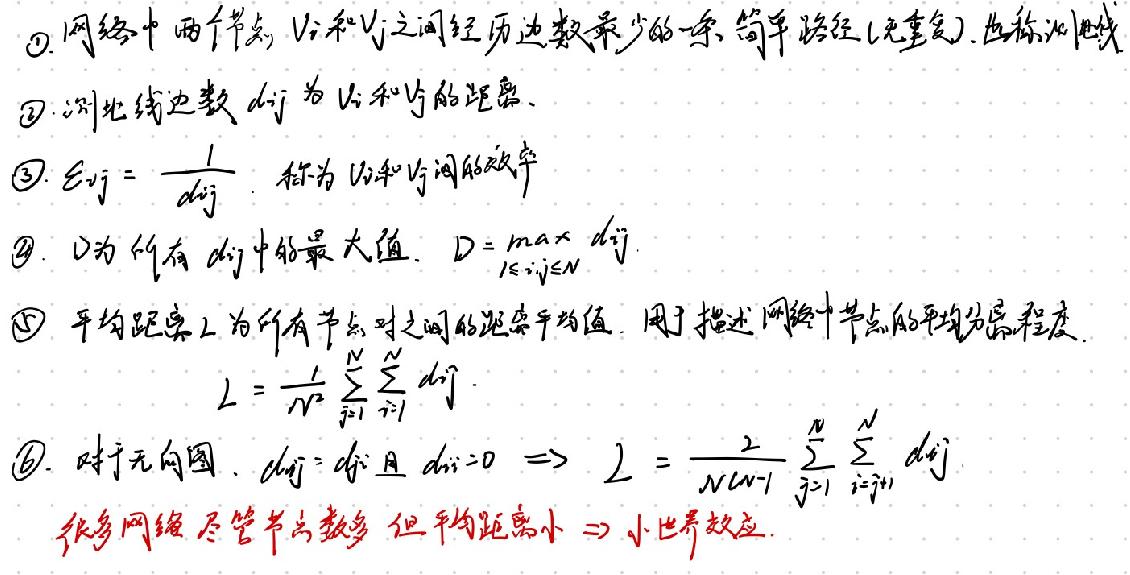
$\textcircled{1}$. 网络中两个节点 \(v_i\) 和 \(v_j\) 之间经历边数最少的一条简单路径(无重复), 也称测地线
$\textcircled{2}$. 测地线边数 \(d_{ij}\) 为 \(v_i\) 和 \(v_j\) 的距离
$\textcircled{3}$. \(E_{ij}=\frac{1}{d_{ij}}\), 称为 \(v_i\) 和 \(v_j\) 间的效率
$\textcircled{4}$. \(D\) 为所有 \(d_{ij}\) 中的最大值, \(D = \max_{1\leq i,j\leq N}d_{ij}\)
$\textcircled{5}$. 平均距离 \(L\) 为所有节点对之间的距离平均值, 用于描述网络中节点的平均分离程度
\[L=\frac{1}{N^2}\sum_{j = 1}^{N}\sum_{i = 1}^{N}d_{ij}\]
$\textcircled{6}$. 对于无向图, \(d_{ij}=d_{ji}\) 且 \(d_{ii}=0\Rightarrow L=\frac{2}{N(N - 1)}\sum_{j = 1}^{N}\sum_{i = j + 1}^{N}d_{ij}\)
很多网络尽管节点数多但平均距离小 \(\Rightarrow\) 小世界效应